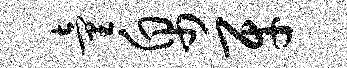
童帛牙